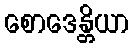
စောဒေန္တိယာ